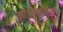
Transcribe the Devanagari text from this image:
मोहेन्जोदरो